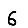
Digit: 6